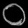
Digit: ၀